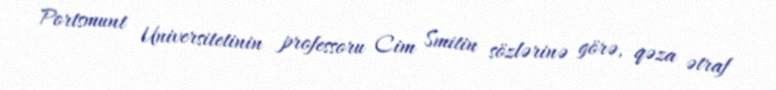
Portsmunt Universitetinin professoru Cim Smitin sözlərinə görə, qəza ətraf